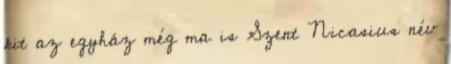
kit az egyház még ma is Szent Nicasius név